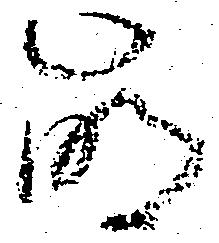
崩